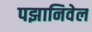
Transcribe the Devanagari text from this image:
पझानिवेल